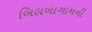
બિલખાગામની